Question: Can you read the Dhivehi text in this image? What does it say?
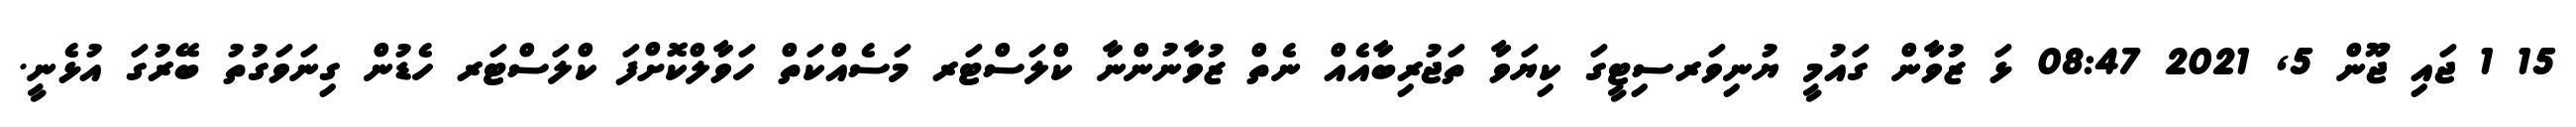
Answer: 15 1 ޖައި ޖޫން 5, 2021 08:47 ޅަ ޒުވާން ގައުމީ ޔުނިވަރސިޓީގަ ކިޔަވާ ތަޖުރިބާއެއް ނެތް ޒުވާނުންނާ ކްލަސްޓަރ މަސެއްކަތް ހަވާލްކޮށްފަ ކްލަސްޓަރ ހެޑުން ގިނަވަގުތު ބޭރުގަ އުޅެނީ.